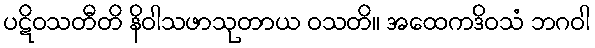
ပဋိဝသတီတိ နိဝါသဖာသုတာယ ဝသတိ။ အထေကဒိဝသံ ဘဂဝါ